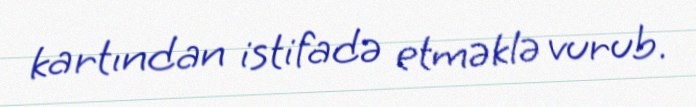
kartından istifadə etməklə vurub.